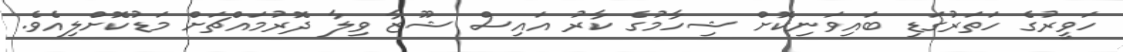
ހަވީރުގެ ހަތަރުގަޑި ބައިވަނިކޮށް ޝިހާމުގެ ކާރު އައިސް ޝޫޒާ ވިލާ ދޮރުމައްޗަށް މަޑުކޮށްލިއެވެ.